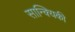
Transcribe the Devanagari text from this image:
सान्क्यिकी